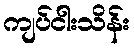
ကျပ်ငါးသိန်း